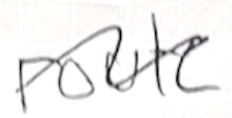
Text: route
Cross-out: wave
Writing tool: ballpoint